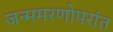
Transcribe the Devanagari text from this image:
जन्ममरणोपरांत